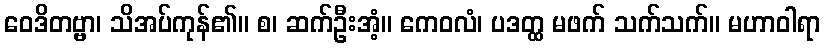
ဝေဒိတဗ္ဗာ၊ သိအပ်ကုန်၏။ စ၊ ဆက်ဦးအံ့။ ကေဝလံ၊ ပဒတ္ထ မဖက် သက်သက်။ မဟာဝါရာ